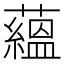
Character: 蘊